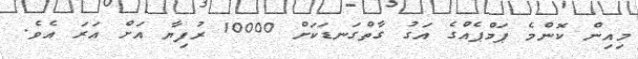
މިއިން ކޮންމެ ޕަމްޕެއްގެ އަގު ގާތްގަނޑަކަށް 10000 ރުފިޔާ އަށް އަރަ އެވެ.